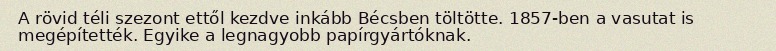
A rövid téli szezont ettől kezdve inkább Bécsben töltötte. 1857-ben a vasutat is megépítették. Egyike a legnagyobb papírgyártóknak.